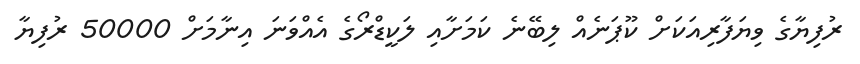
ރުފިޔާގެ ވިޔަފާރިއަކަށް ކޫޕަނެއް ލިބޭނެ ކަމަށާއި ލަކީޑްރޯގެ އެއްވަނަ އިނާމަށް 50000 ރުފިޔާ